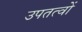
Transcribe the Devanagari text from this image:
उपतत्वों